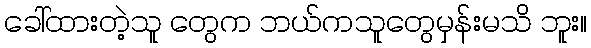
ခေါ်ထားတဲ့သူ တွေက ဘယ်ကသူတွေမှန်းမသိ ဘူး။